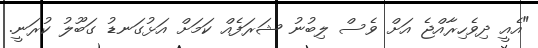
"އެއީ ދިވެހިރާއްޖެ އަށް ވެސް ލިބުނު ޝަރަފެއް ކަމަށް އަޅުގަނޑު ގަބޫލު ކުރަނީ.